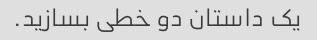
یک داستان دو خطی بسازید.